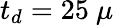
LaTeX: t_{d}=25~\mu